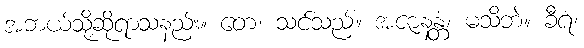
အဘယ်သို့ဆိုရာသနည်း။ တေ၊ သင်သည်။ အဇာနန္တံ၊ မသိဘဲ။ ခီရံ၊